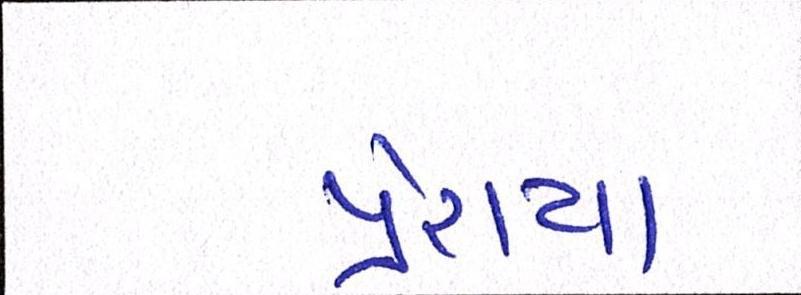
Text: પ્રેરાયા